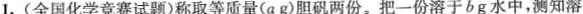
1.(全国化学竞赛试题)称取等质量(a g)胆矾两份。把一份溶于b g水中，测知溶